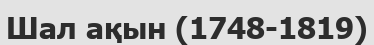
Шал ақын (1748-1819)